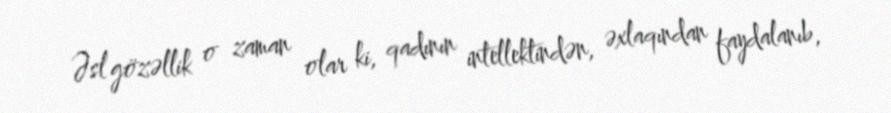
Əsl gözəllik o zaman olar ki, qadının intellektindən, əxlaqından faydalanıb,